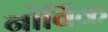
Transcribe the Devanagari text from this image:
नोर्विक